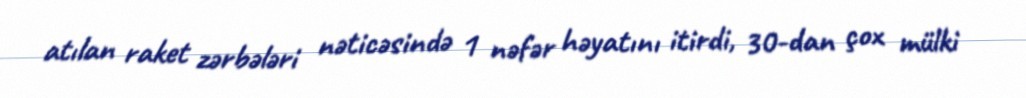
atılan raket zərbələri nəticəsində 1 nəfər həyatını itirdi, 30-dan çox mülki